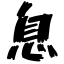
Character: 息